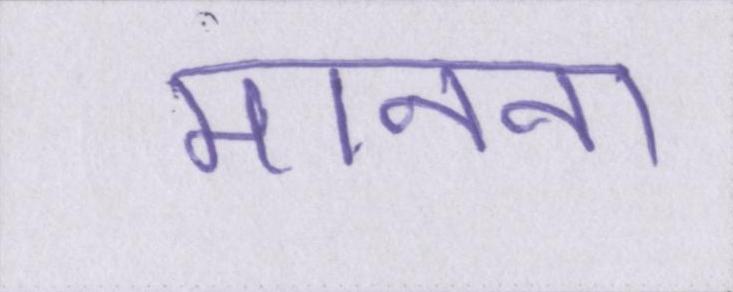
मानना